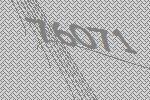
76071